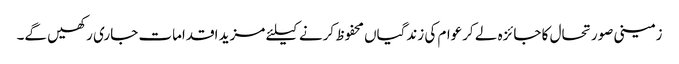
زمینی صورتحال کا جائزہ لے کرعوام کی زندگیاں محفوظ کرنے کیلئے مزید اقدامات جاری رکھیں گے۔